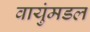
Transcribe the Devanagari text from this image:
वायुंमडल